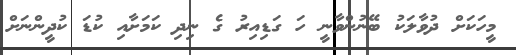
މީހަކަށް ދުވާލަކު ބޭނުންވާނީ ހަ ގަޑިއިރު ގެ ނިދި ކަމަށާއި ކުޑަ ކުދީންނަށް